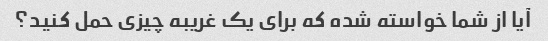
آیا از شما خواسته شده که برای یک غریبه چیزی حمل کنید؟